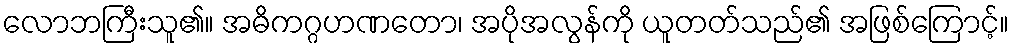
လောဘကြီးသူ၏။ အဓိကဂ္ဂဟဏတော၊ အပိုအလွန်ကို ယူတတ်သည်၏ အဖြစ်ကြောင့်။